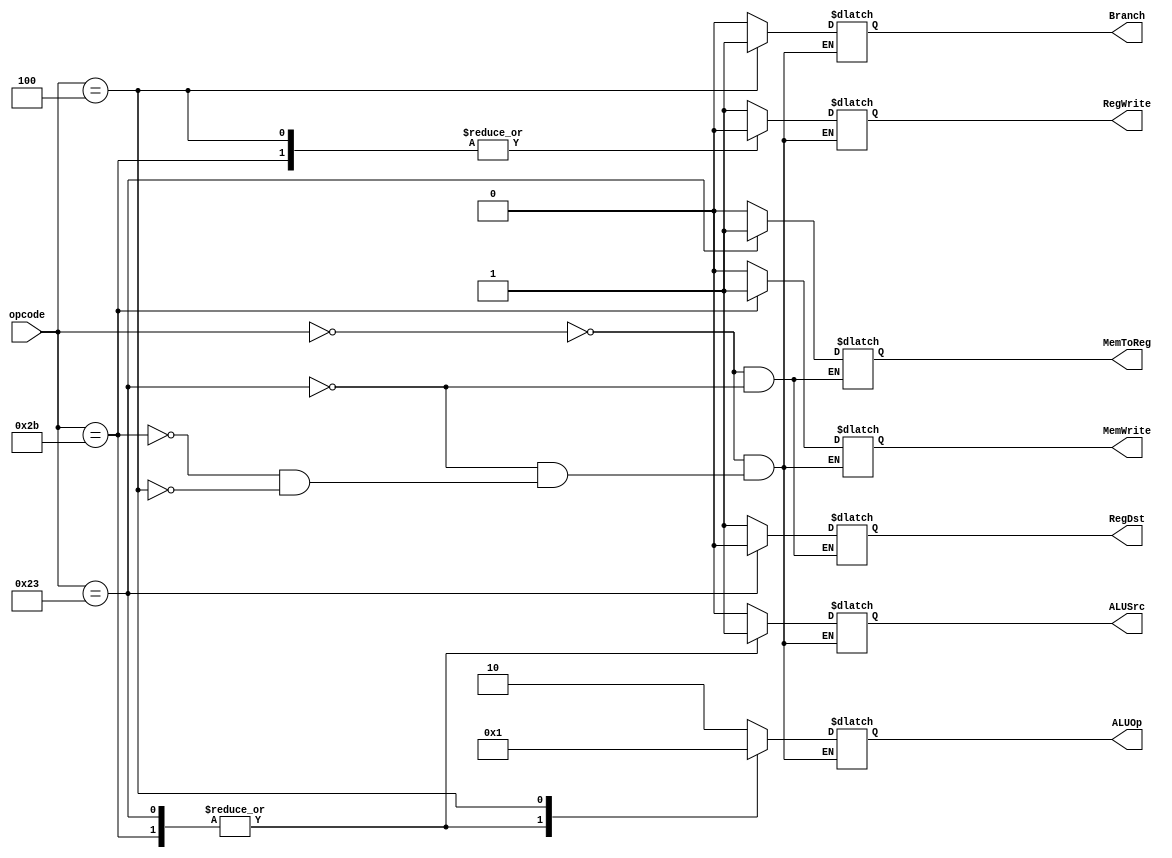
module main_decoder(
    input [5:0] opcode,
    output MemToReg, MemWrite, Branch, ALUSrc, RegDst, RegWrite, 
    output [1:0] ALUOp
);

reg _MemToReg, _MemWrite, _Branch, _ALUSrc, _RegDst, _RegWrite;
reg [1:0] _ALUOp;

assign RegWrite    = _RegWrite;
assign RegDst      = _RegDst;
assign ALUSrc      = _ALUSrc;
assign Branch      = _Branch;
assign MemWrite    = _MemWrite;
assign MemToReg    = _MemToReg;
assign ALUOp       = _ALUOp;

always @*
begin
    case (opcode)
        6'h00:  
        begin   
            _RegWrite    = 1'b1;
            _RegDst      = 1'b1;
            _ALUSrc      = 1'b0;
            _Branch      = 1'b0;
            _MemWrite    = 1'b0;
            _MemToReg    = 1'b0;
            _ALUOp       = 2'b10;
        end
        6'h23:   
        begin
            _RegWrite    = 1'b1;
            _RegDst      = 1'b0;
            _ALUSrc      = 1'b1;
            _Branch      = 1'b0;
            _MemWrite    = 1'b0;
            _MemToReg    = 1'b1;
            _ALUOp       = 2'b00;
        end
        6'h2B:
        begin
            _RegWrite    = 1'b0;
            _ALUSrc      = 1'b1;
            _Branch      = 1'b0;
            _MemWrite    = 1'b1;      
            _ALUOp       = 2'b00;
        end
        6'h04:
        begin
            _RegWrite    = 1'b0;
            
            _ALUSrc      = 1'b0;
            _Branch      = 1'b1;
            _MemWrite    = 1'b0;
            _ALUOp       = 2'b01;
        end
    endcase
end

endmodule